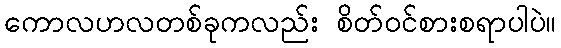
ကောလဟလတစ်ခုကလည်း စိတ်ဝင်စားစရာပါပဲ။